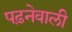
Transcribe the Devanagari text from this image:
पढ़नेवाली